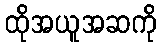
ထိုအယူအဆကို